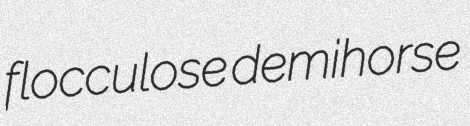
flocculose demihorse